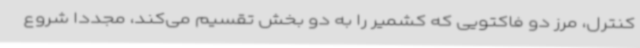
کنترل، مرز دو فاکتویی که کشمیر را به دو بخش تقسیم می‌کند، مجددا شروع